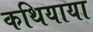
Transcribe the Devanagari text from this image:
कथियाया